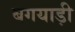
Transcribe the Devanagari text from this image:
बगयाड़ी